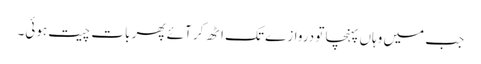
جب میں وہاں پہنچا تو دروازے تک اٹھ کر آئے پھر بات چیت ہوئی۔